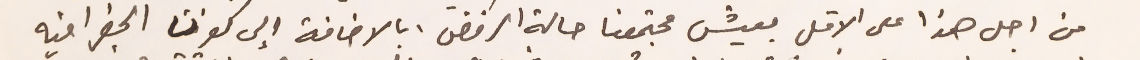
من اجل هذا على الاقل بعيش مجتمعنا حالة الرفض، بالاضافة الى كون الجغرافية